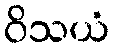
ဝိသယံ